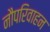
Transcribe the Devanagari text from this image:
नौपरिवाहन